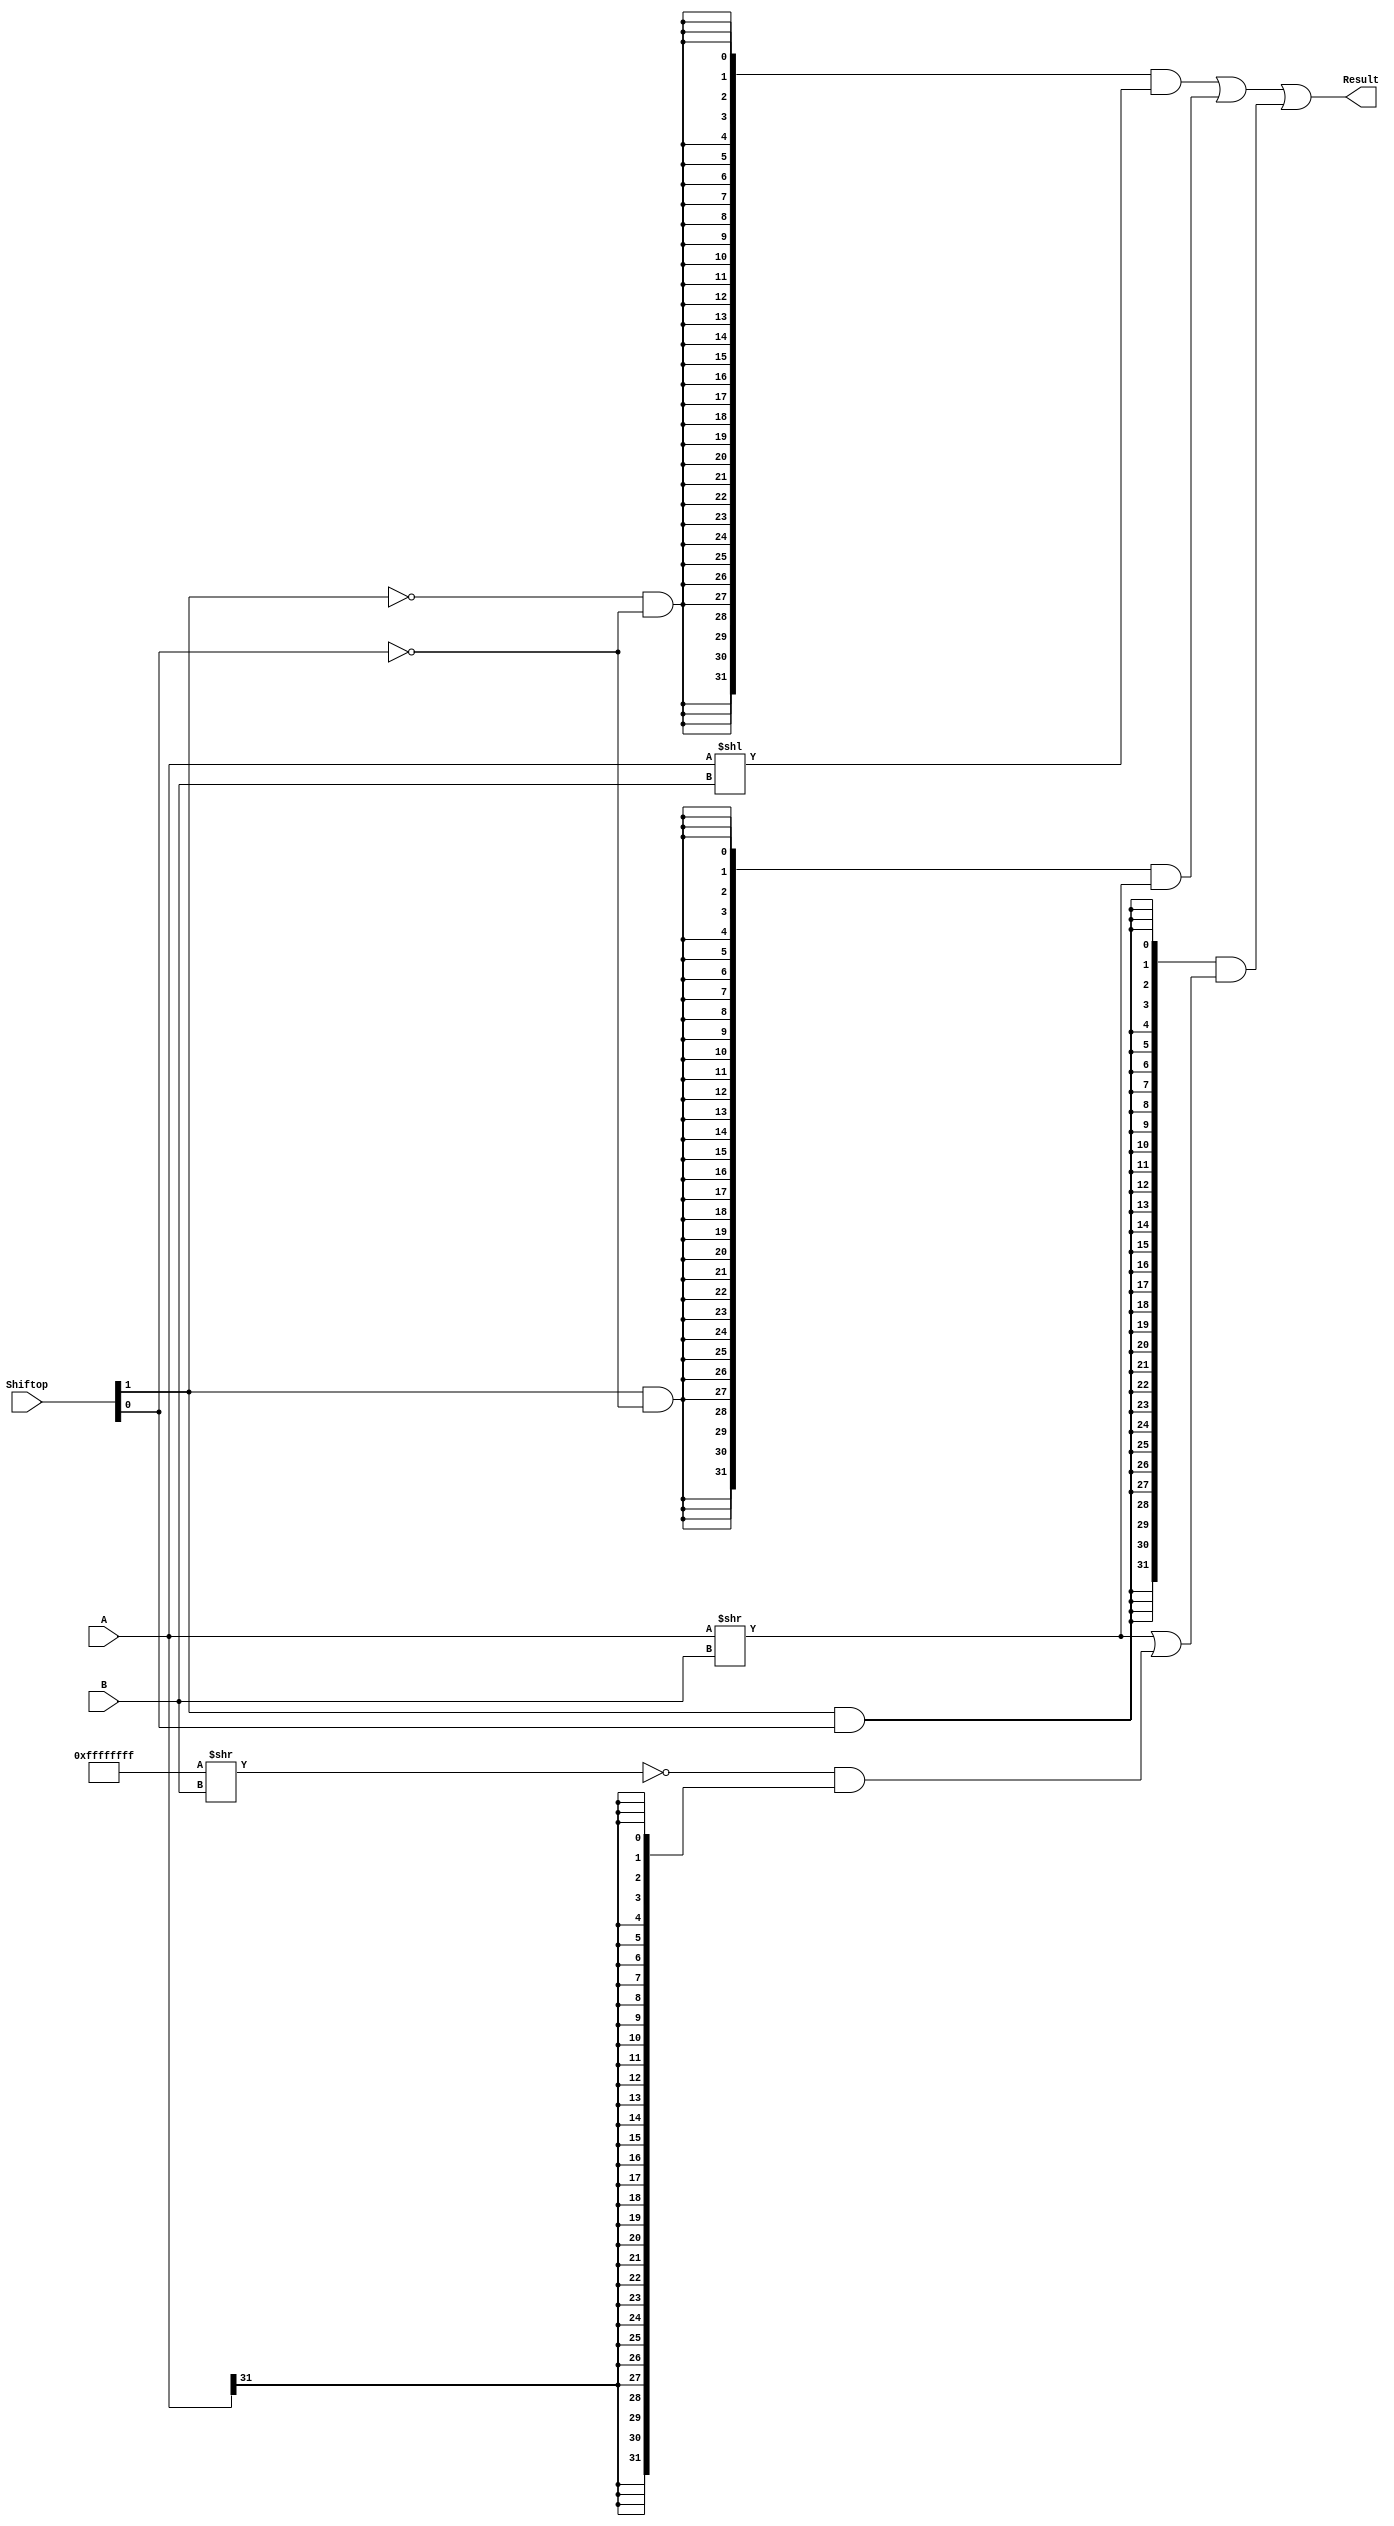
`timescale 10 ns / 1 ns

`define DATA_WIDTH 32

module shifter (
	input  [`DATA_WIDTH - 1:0] A,
	input  [              4:0] B,
	input  [              1:0] Shiftop,
	output [`DATA_WIDTH - 1:0] Result
);
	// TODO: Please add your logic code here
	assign Result =	{(`DATA_WIDTH){~Shiftop[1] & ~Shiftop[0]}} & (A<<B) |  //Logical Shift Left
			{(`DATA_WIDTH){ Shiftop[1] & ~Shiftop[0]}} & (A>>B) |  //Logical Shift Right
			{(`DATA_WIDTH){ Shiftop[1] &  Shiftop[0]}} & ((A>>B) | ~((~32'b0)>>B) & {(32){A[31]}});  //Arithmetic Shift Right

endmodule